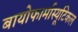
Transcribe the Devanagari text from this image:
बायोफार्मास्यूटिकल